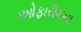
ઓફારીમના